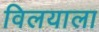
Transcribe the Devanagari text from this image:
विलयाला